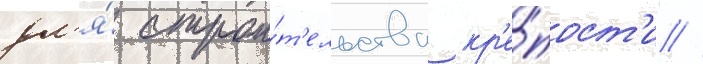
дл'я́ строи́т'ельства кр'е́пост'и //